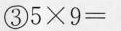
③ $$5 \times 9 =$$